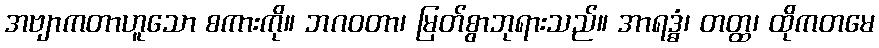
အဗျာကတာဟူသော စကားကို။ ဘဂဝတာ၊ မြတ်စွာဘုရားသည်။ အာရဒ္ဓံ၊ တတ္ထ၊ ထိုကတမေ